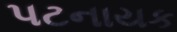
પટનાયક